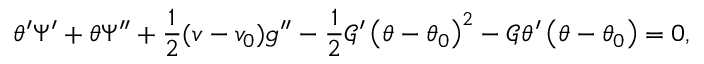
\theta ^ { \prime } \Psi ^ { \prime } + \theta \Psi ^ { \prime \prime } + \frac { 1 } { 2 } ( v - v _ { 0 } ) g ^ { \prime \prime } - \frac { 1 } { 2 } \mathcal { G } ^ { \prime } \left( \theta - \theta _ { 0 } \right) ^ { 2 } - \mathcal { G } \theta ^ { \prime } \left( \theta - \theta _ { 0 } \right) = 0 ,